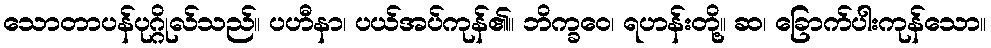
သောတာပန်ပုဂ္ဂိုလ်သည်။ ပဟီနာ၊ ပယ်အပ်ကုန်၏။ ဘိက္ခဝေ၊ ရဟန်းတို့။ ဆ၊ ခြောက်ပါးကုန်သော။